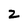
Character: z